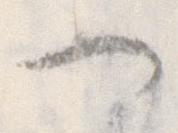
一